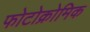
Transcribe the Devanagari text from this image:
फोटोक्रोमिक